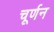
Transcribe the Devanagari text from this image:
चूर्णन